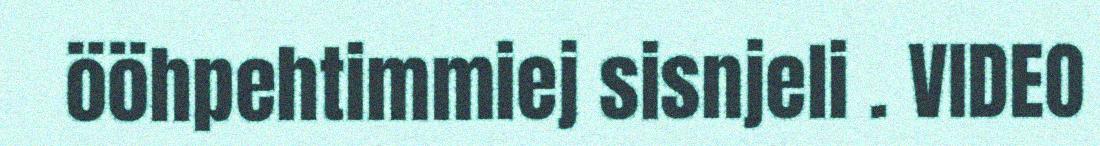
ööhpehtimmiej sisnjeli . VIDEO